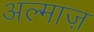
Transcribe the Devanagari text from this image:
अल्माज़